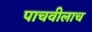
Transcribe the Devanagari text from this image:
पाचवीलाच